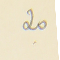
20